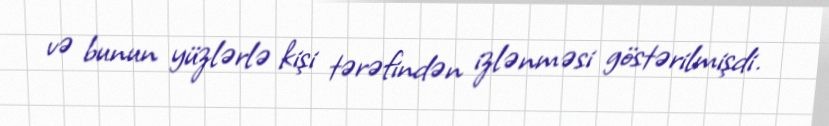
və bunun yüzlərlə kişi tərəfindən izlənməsi göstərilmişdi.